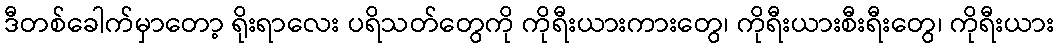
ဒီတစ်ခေါက်မှာတော့ ရိုးရာလေး ပရိသတ်တွေကို ကိုရီးယားကားတွေ၊ ကိုရီးယားစီးရီးတွေ၊ ကိုရီးယား